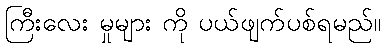
ကြီးလေး မှုများ ကို ပယ်ဖျက်ပစ်ရမည်။